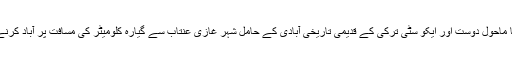
پلان کے مطابق یہ نیا ماحول دوست اور ایکو سٹی ترکی کے قدیمی تاریخی آبادی کے حامل شہر غازی عنتاب سے گیارہ کلومیٹر کی مسافت پر آباد کرنے کا سوچا جا رہا ہے۔